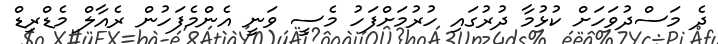
ދެ މަސްދުވަހަށް ކުޅުމާ ދުރުގައި ހުރުމަށްފަހު މެސީ ވަނީ އެންމެފަހުން ރެއާލް މެޑްރިޑް